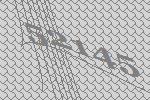
52145